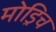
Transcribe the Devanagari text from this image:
मोड्रिच